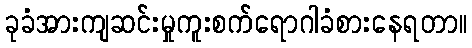
ခုခံအားကျဆင်းမှုကူးစက်ရောဂါခံစားနေရတာ။